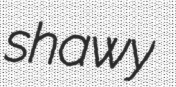
shawy